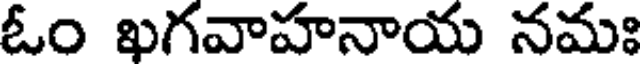
ఓం ఖగవాహనాయ నమః